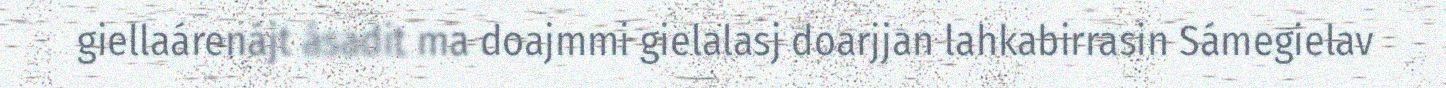
giellaárenájt ásadit ma doajmmi gielalasj doarjjan lahkabirrasin Sámegielav